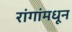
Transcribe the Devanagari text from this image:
रांगांमधून